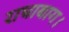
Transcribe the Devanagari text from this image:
राधाबाग।